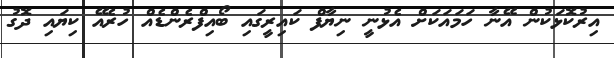
އިރުކޮޅަކުން އޭނާ ހަމައަކަށް އެޅުނީ ނިޔާފް ކައިރީގައި ބޯއިފްރެންޑެއް ހުރެއޭ ކިޔައި ދޮގު